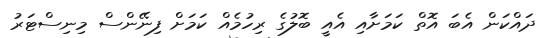
ދައްކަން އެބަ އޮތް ކަމަށާއި އެއީ ބޮލުގެ ރިހުމެއް ކަމަށް ފިނޭންސް މިނިސްޓަރު